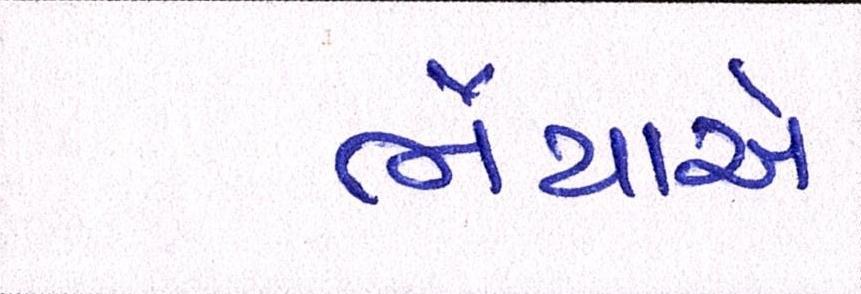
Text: ભૈયાએ